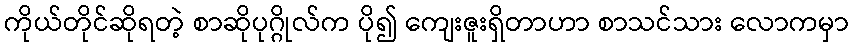
ကိုယ်တိုင်ဆိုရတဲ့ စာဆိုပုဂ္ဂိုလ်က ပို၍ ကျေးဇူးရှိတာဟာ စာသင်သား လောကမှာ